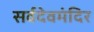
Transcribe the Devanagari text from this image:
सर्वदेवमंदिर